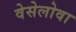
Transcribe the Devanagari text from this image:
वेसेलोवा